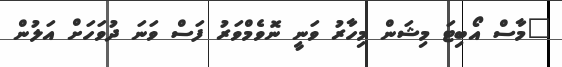
"މާސް އޯބިޓަ މިޝަން މިހާރު ވަނީ ނޮވެމްވަރު ފަސް ވަނަ ދުވަހަށް އަލުން